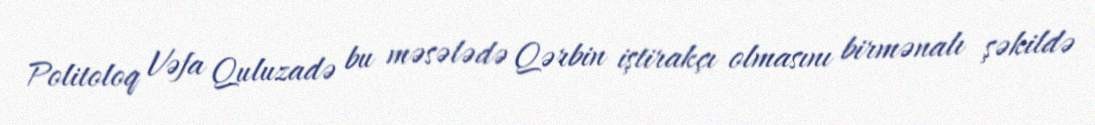
Politoloq Vəfa Quluzadə bu məsələdə Qərbin iştirakçı olmasını birmənalı şəkildə